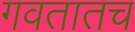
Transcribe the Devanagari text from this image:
गवतातच